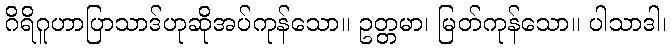
ဂိရိဂူဟာပြာသာဒ်ဟုဆိုအပ်ကုန်သော။ ဥတ္တမာ၊ မြတ်ကုန်သော။ ပါသာဒါ၊